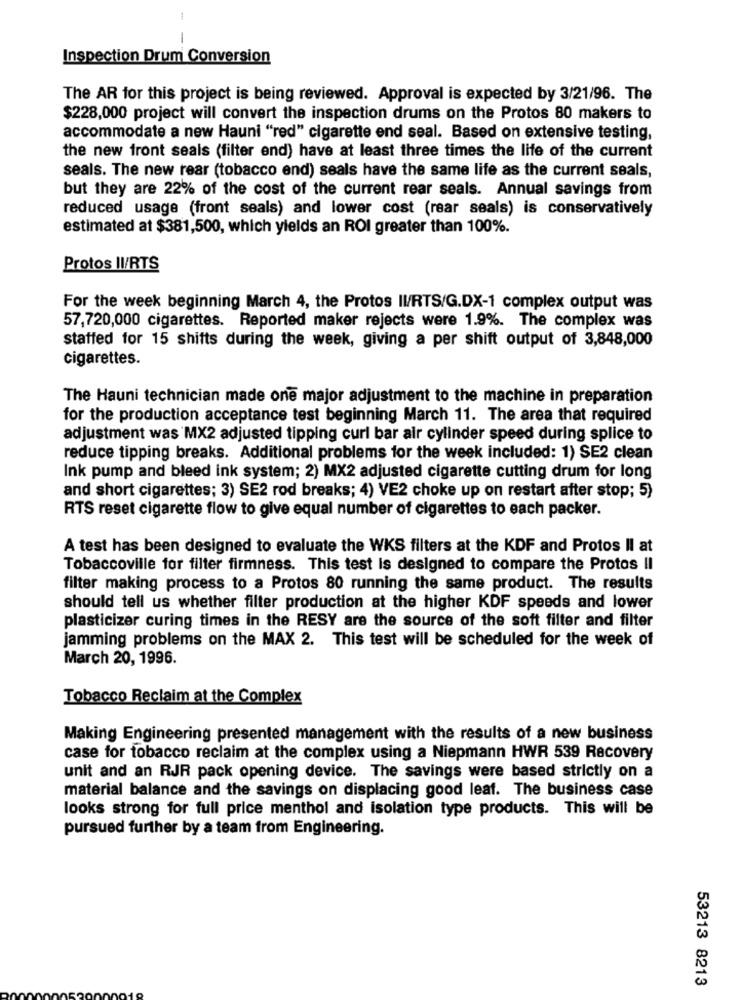
1
-
Inspection Drum Conversion
The AR for this project is being reviewed. Approval is expected by 3/21/96. The
$228,000 project will convert the inspection drums on the Protos 80 makers to
accommodate a new Hauni "red" cigarette end seal. Based on extensive testing,
the new front seals (filter end) have at least three times the life of the current
seals. The new rear (tobacco end) seals have the same life as the current seals,
but they are 22% of the cost of the current rear seals. Annual savings from
reduced usage (front seals) and lower cost (rear seals) is conservatively
estimated at $381,500, which yields an ROI greater than 100%.
Protos II/RTS
For the week beginning March 4, the Protos II/RTS/G.DX-1 complex output was
57,720,000 cigarettes. Reported maker rejects were 1.9%. The complex was
staffed for 15 shifts during the week, giving a per shift output of 3,848,000
cigarettes.
The Hauni technician made one major adjustment to the machine in preparation
for the production acceptance test beginning March 11. The area that required
adjustment was MX2 adjusted tipping curl bar air cylinder speed during splice to
reduce tipping breaks. Additional problems for the week included: 1) SE2 clean
Ink pump and bleed ink system; 2) MX2 adjusted cigarette cutting drum for long
and short cigarettes; 3) SE2 rod breaks; 4) VE2 choke up on restart after stop; 5)
RTS reset cigarette flow to give equal number of cigarettes to each packer.
A test has been designed to evaluate the WKS filters at the KDF and Protos Il at
Tobaccoville for filter firmness. This test is designed to compare the Protos Il
filter making process to a Protos 80 running the same product. The results
should tell us whether filter production at the higher KDF speeds and lower
plasticizer curing times in the RESY are the source of the soft filter and filter
jamming problems on the MAX 2. This test will be scheduled for the week of
March 20, 1996.
Tobacco Reclaim at the Complex
Making Engineering presented management with the results of a new business
case for tobacco reclaim at the complex using a Niepmann HWR 539 Recovery
unit and an RJR pack opening device. The savings were based strictly on a
material balance and the savings on displacing good leaf. The business case
looks strong for full price menthol and isolation type products. This will be
pursued further by a team from Engineering.
53213 8213